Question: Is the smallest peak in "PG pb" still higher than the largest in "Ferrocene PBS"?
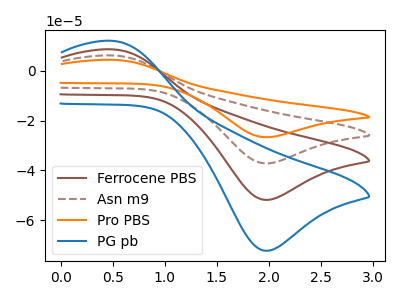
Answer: <think>The brown curve "Ferrocene PBS" has an anodic peak at (0.50V, 8.70uA) and a cathodic peak at (1.95V, -51.90uA). The brown dashed curve "Asn m9" has an anodic peak at (0.50V, 17.40uA) and a cathodic peak at (1.95V, -103.75uA). The orange curve "Pro PBS" has an anodic peak at (0.50V, 26.05uA) and a cathodic peak at (1.95V, -155.65uA). The blue curve "PG pb" has an anodic peak at (0.50V, 12.10uA) and a cathodic peak at (1.95V, -72.35uA).</think>
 <answer>Every peak in "PG pb" is higher than every peak in "Ferrocene PBS".</answer>
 <eval>higher</eval>